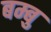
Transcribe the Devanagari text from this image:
बम्बु